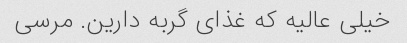
خیلی عالیه که غذای گربه دارین. مرسی